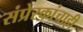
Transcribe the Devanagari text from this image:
संप्रेरकांचाही